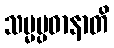
သမ္မပ္ပဓာနာတိ